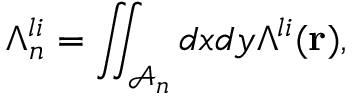
\Lambda _ { n } ^ { l i } = \iint _ { \mathcal { A } _ { n } } d x d y \Lambda ^ { l i } ( \mathbf { r } ) ,